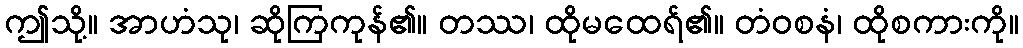
ဤသို့။ အာဟံသု၊ ဆိုကြကုန်၏။ တဿ၊ ထိုမထေရ်၏။ တံဝစနံ၊ ထိုစကားကို။